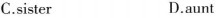
C.sister D.aunt